Report of the Indian Hemp Drugs Commission, 1894-1895 - Volume III
Year: 1894
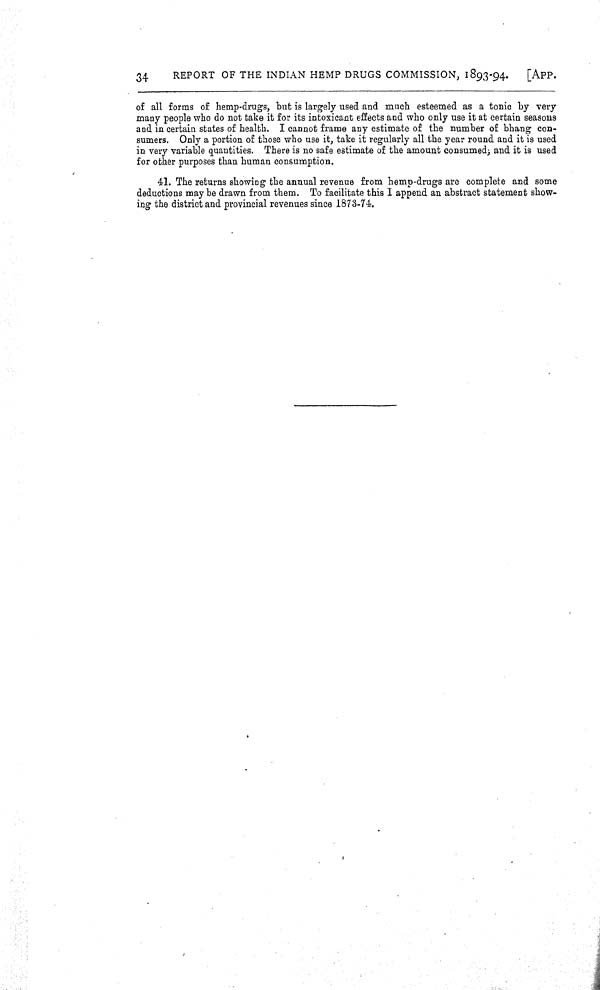
34
REPORT OF THE INDIAN HEMP DRUGS COMMISSION, 1893-94.
[APP.
of all forms of hemp-drugs, but is largely used and much esteemed as a tonic by very
many people who do not take it for its intoxicant effects and who only use it at certain seasons
and in certain states of health. I cannot frame any estimate of the number of bhang con-
sumers. Only a portion of those who use it, take it regularly all the year round and it is used
in very variable quantities. There is no safe estimate of the amount consumed, and it is used
for other purposes than human consumption.
41. The returns showing the annual revenue from hemp-drugs are complete and some
deductions may be drawn from them. To facilitate this I append an abstract statement show-
ing the district and provincial revenues since 1873-74.